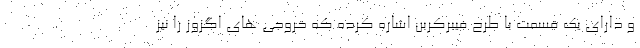
و دارای یک قسمت با طرح فیبرکربن اشاره کرده که خروجی های اگزوز را نیز